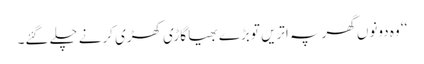
‘‘ وہ دونوں گھر پہ اتریں تو بڑے بھیا گاڑی کھڑی کرنے چلے گئے۔